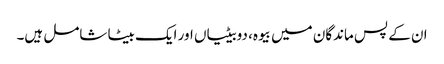
ان کے پس ماندگان میں بیوہ، دوبیٹیاں اور ایک بیٹا شامل ہیں۔